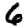
Digit: 6